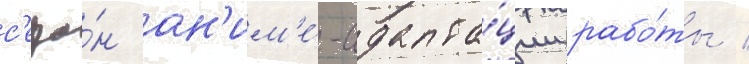
с'езо́н ан'им'е́-адапта́ции рабо́ты /